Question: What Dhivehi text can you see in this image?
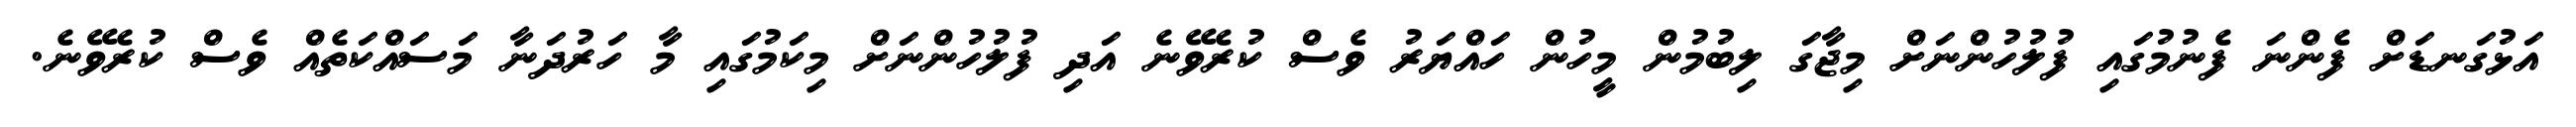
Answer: އަޅުގަނޑަށް ފެންނަ ފެނުމުގައި ފުލުހުންނަށް މިޖާގަ ލިބުމުން މީހުން ހައްޔަރު ވެސް ކުރެވޭނެ އަދި ފުލުހުންނަށް މިކަމުގައި މާ ހަރުދަނާ މަސައްކަތެއް ވެސް ކުރެވޭނެ.